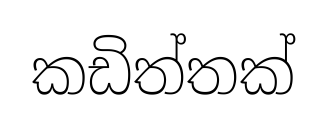
කඩිත්තක්